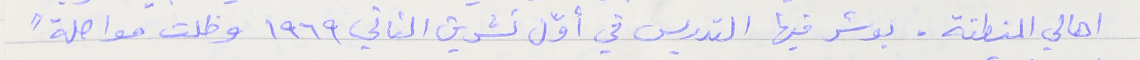
اهالي المنطقة. بوشر فيها التدريس في أوّل تشرين الثاني ١٩٦٩ وظلت مواصلةً